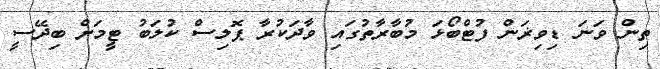
ތިން ވަނަ ޑިވިޜަން ފުޓްބޯޅަ މުބާރާތުގައި ވާދަކުރާ ޕޮލިސް ކުލަބު ޓީމަށް ބިދޭސީ